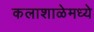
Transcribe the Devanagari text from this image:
कलाशाळेमध्ये